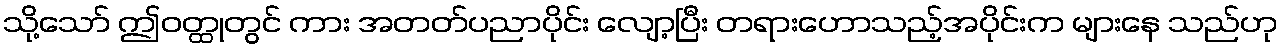
သို့သော် ဤဝတ္ထုတွင် ကား အတတ်ပညာပိုင်း လျော့ပြီး တရားဟောသည့်အပိုင်းက များနေ သည်ဟု